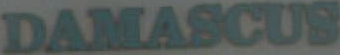
DAMASCUS